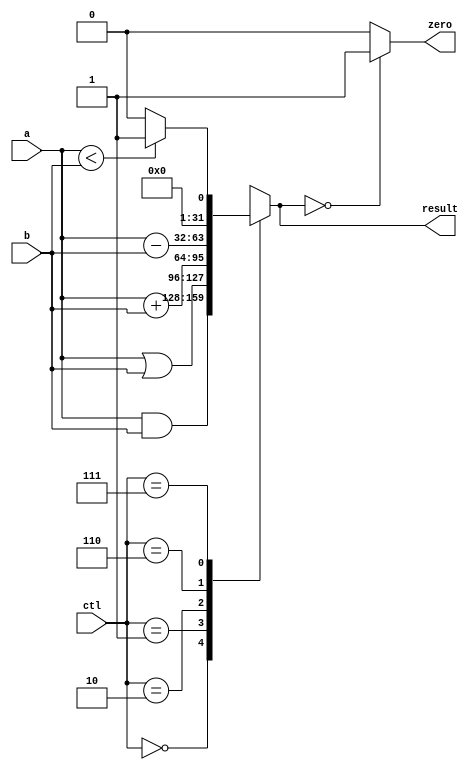
module alu(ctl, a, b, result, zero);
  input [2:0] ctl;
  input [31:0] a, b;
  output [31:0] result;
  output zero;

  reg [31:0] result;
  reg zero;

  always @(a or b or ctl)
  begin
    case (ctl)
      3'b000 : result = a & b; // AND
      3'b001 : result = a | b; // OR
      3'b010 : result = a + b; // ADD
      3'b110 : result = a - b; // SUBTRACT
      3'b111 : if (a < b) result = 32'd1; 
               else result = 32'd0; //SLT      
      default : result = 32'hxxxxxxxx;
   endcase
   if (result == 32'd0) zero = 1;
   else zero = 0;
 end
endmodule